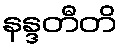
နန္ဒတီတိ